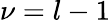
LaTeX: \nu=l-1